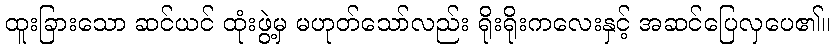
ထူးခြားသော ဆင်ယင် ထုံးဖွဲ့မှ မဟုတ်သော်လည်း ရိုးရိုးကလေးနှင့် အဆင်ပြေလှပေ၏။